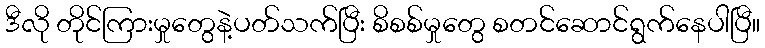
ဒီလို တိုင်ကြားမှုတွေနဲ့ပတ်သက်ပြီး စိစစ်မှုတွေ စတင်ဆောင်ရွက်နေပါပြီ။